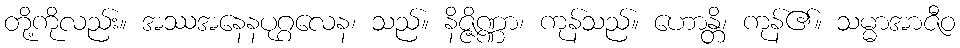
တို့ကိုလည်း။ အဿအနေနပုဂ္ဂလေန၊ သည်။ နိဇ္ဇိဏ္ဏာ၊ ကုန်သည်။ ဟောန္တိ၊ ကုန်၏။ သမ္မာအာဇီဝ